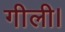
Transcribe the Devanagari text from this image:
गीली।